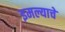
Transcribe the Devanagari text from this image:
इमल्याचे